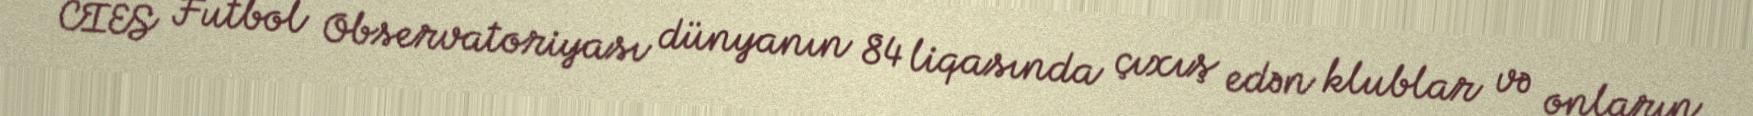
CİES Futbol Observatoriyası dünyanın 84 liqasında çıxış edən klublar və onların